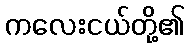
ကလေးငယ်တို့၏